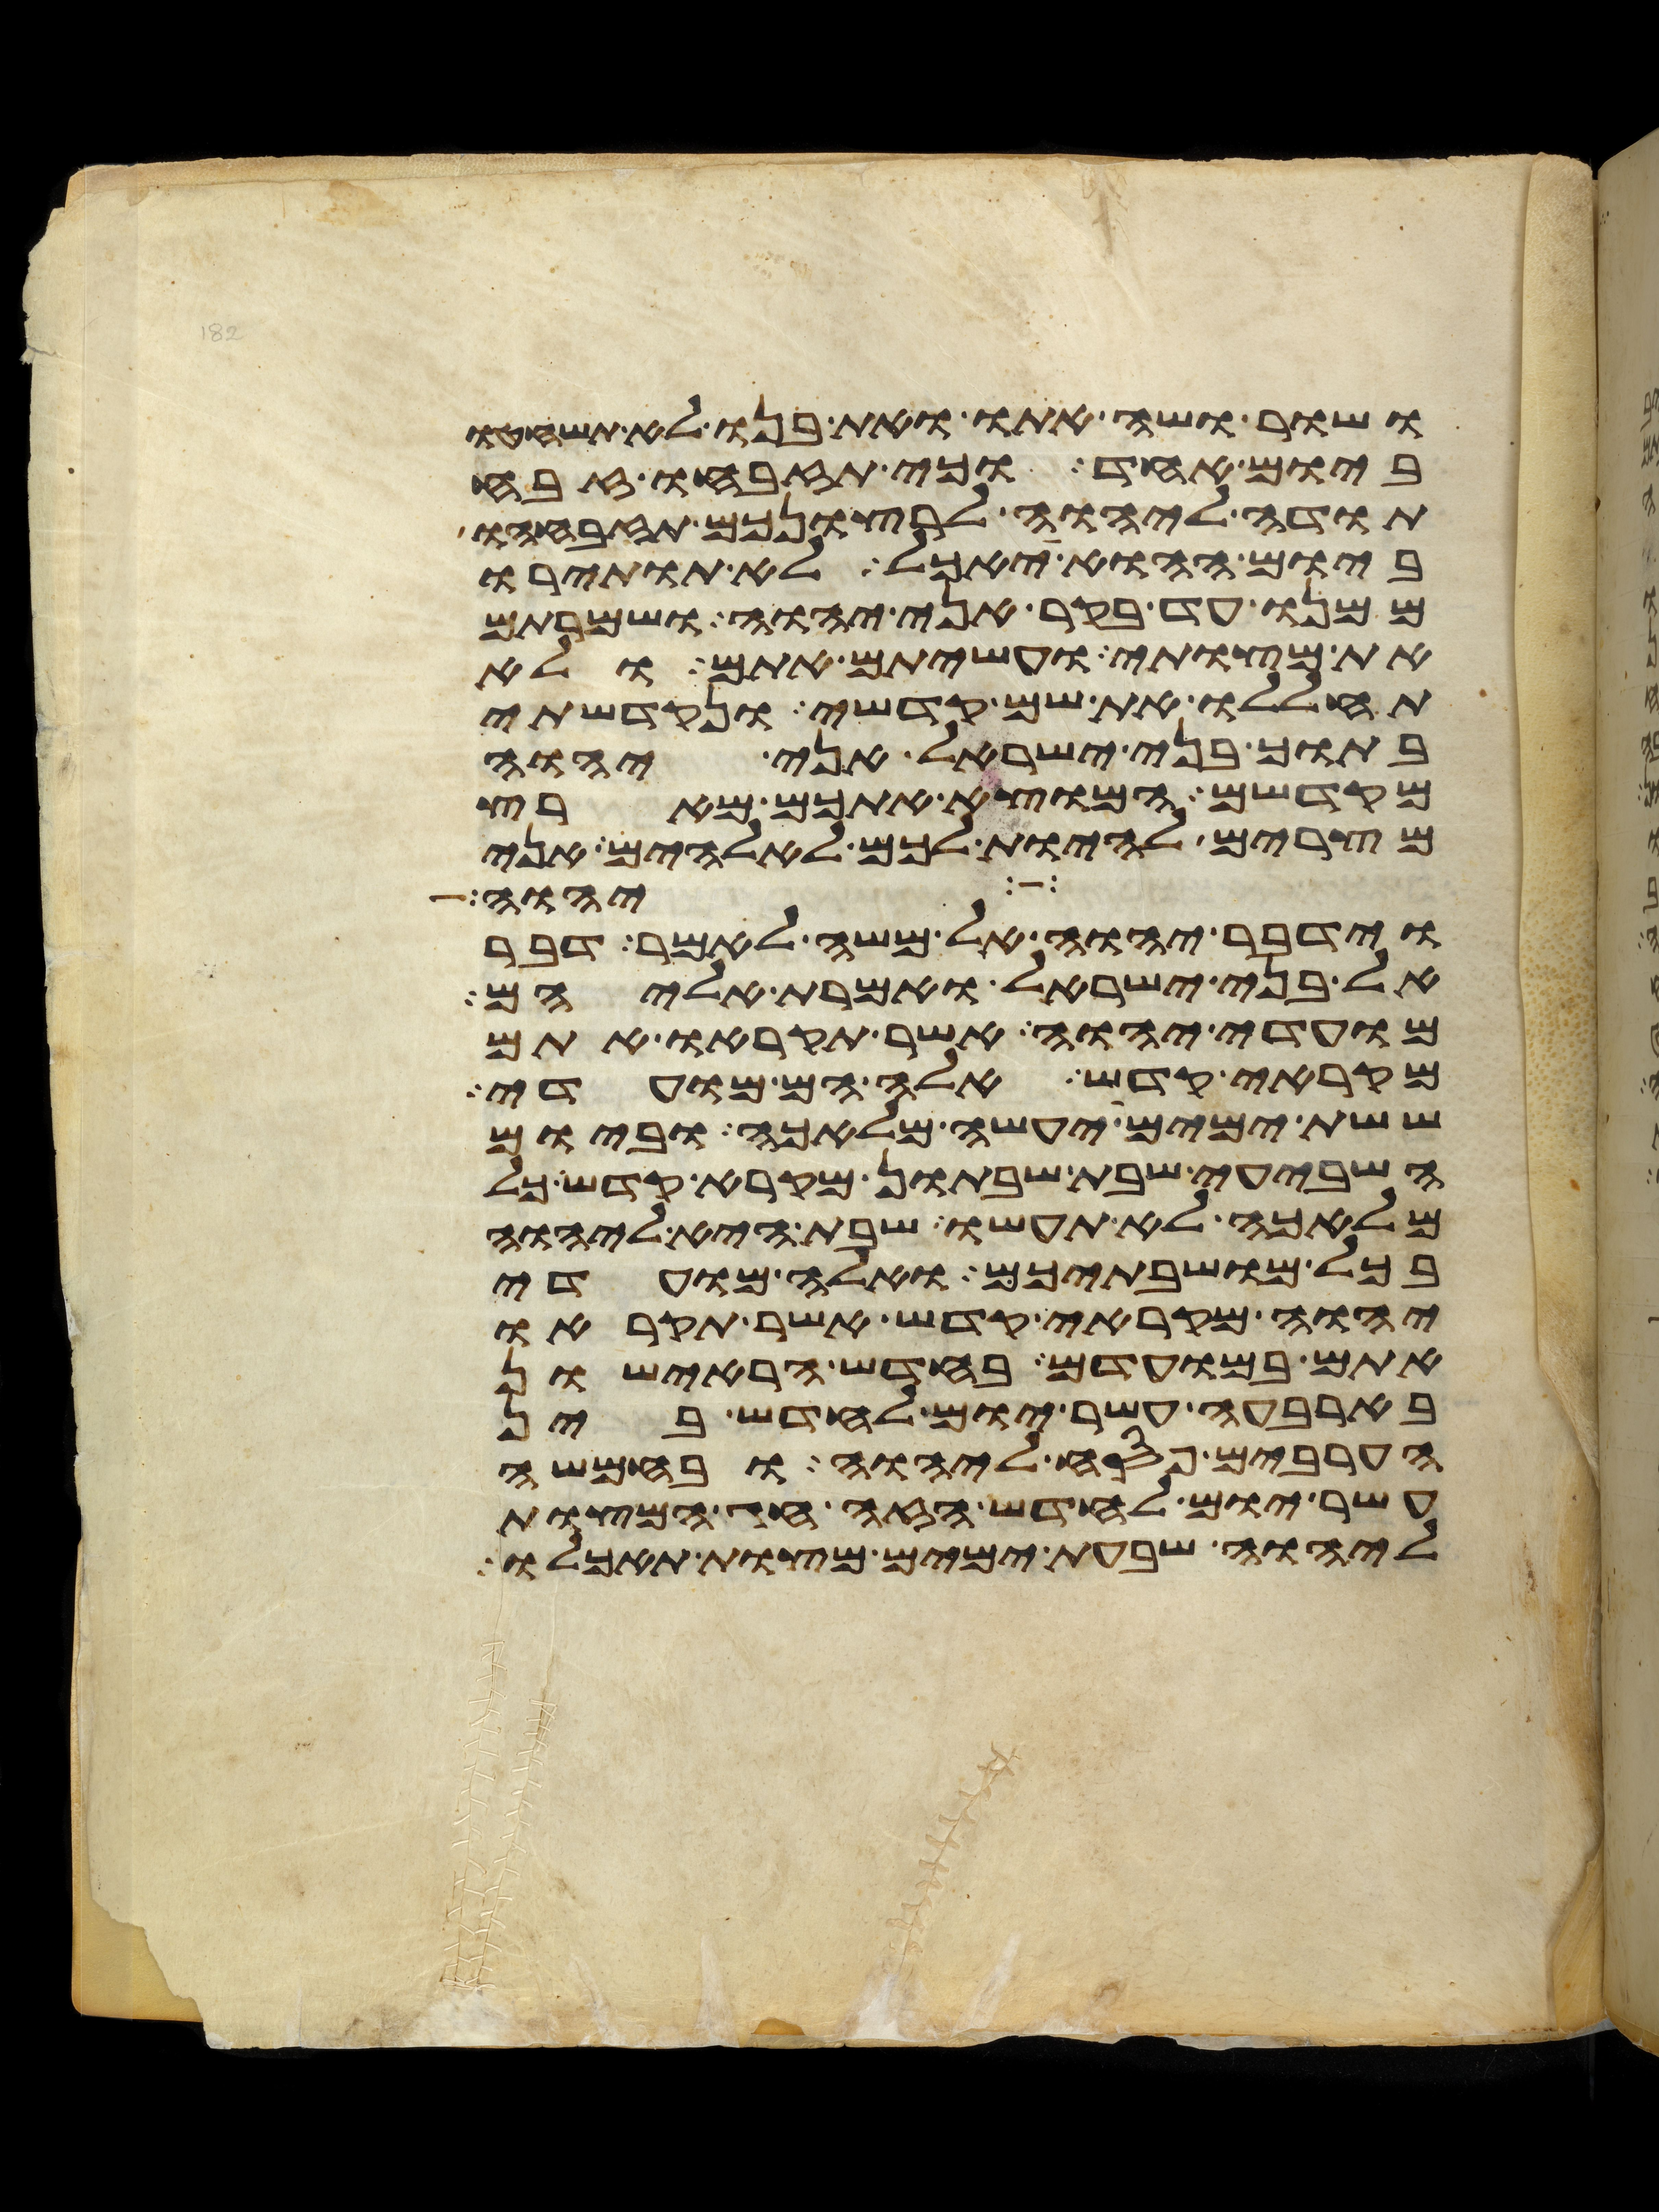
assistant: ושור ושה אתו ואת בנו לא תשחטו
ביום אחד וכי תזבחו זבח
תודה ליהוה לרצונכם תזבחהו
ביום ההוא יאכל לא תותירו
ממנו עד בקר אני יהוה ושמרתם
את מצותי ועשיתם אתם ולא
תחללו את שם קדשי ונקדשתי
בתוך בני ישראל אני יהוה
מקדשם המוצא אתכם מארץ
מצרים להיות לכם לאלהים אני
יהוה
וידבר יהוה אל משה לאמר דבר
אל בני ישראל ואמרת אליהם
מועדי יהוה אשר תקראו אתם
מקראי קדש אלה הם מועדי
ששת ימים יעשה מלאכה וביום
השביעי שבת שבתון מקרא קדש כל
מלאכה לא תעשו שבת היא ליהוה
בכל מושבתיכם ואלה מועדי
יהוה מקראי קדש אשר תקראו
אתם במועדם בחדש הראישון
בארבעה עשר יום לחדש בין
הערבים פסח ליהוה ובחמשה
עשר יום לחדש הזה חג המצות
ליהוה שבעת ימים מצות תאכלו